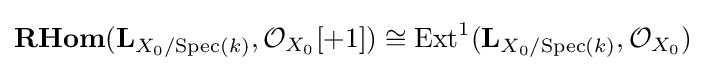
{\textbf {RHom}}(\mathbf {L} _{X_{0}/{\text{Spec}}(k)},{\mathcal {O}}_{X_{0}}[+1])\cong {\text{Ext}}^{1}(\mathbf {L} _{X_{0}/{\text{Spec}}(k)},{\mathcal {O}}_{X_{0}})